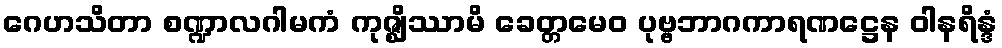
ဂေဟသိတာ စဏ္ဍာလဂါမကံ ကုဇ္ဈိဿာမိ ခေတ္တမေဝ ပုဗ္ဗဘာဂကာရဏဋ္ဌေန ဝါနရိန္ဒံ